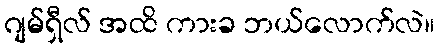
ဂျမ်ရှီလ် အထိ ကားခ ဘယ်လောက်လဲ။